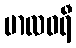
မာလဓရီ